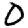
Digit: 0